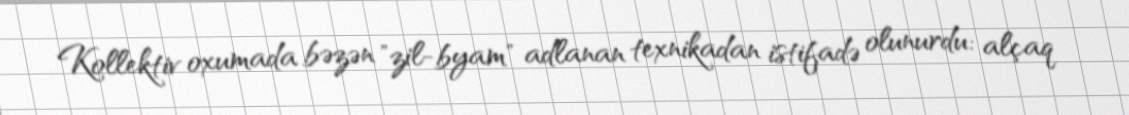
Kollektiv oxumada bəzən "zil-byam" adlanan texnikadan istifadə olunurdu: alçaq